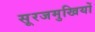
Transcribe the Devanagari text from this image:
सूरजमुखियों